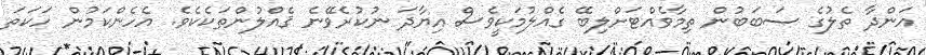
އަންދާ ތެލުގެ ސަބަބުން ތިމާވެއްޓަށްލިބޭ ގެއްލުމަކީވެސް އިޔާދަ ނުކުރެވޭނެ ޤެއްލުންތަކެކެވެ. އެހެންކަމުން ހަކަތަ